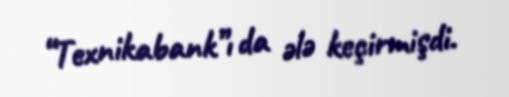
“Texnikabank”ı da ələ keçirmişdi.